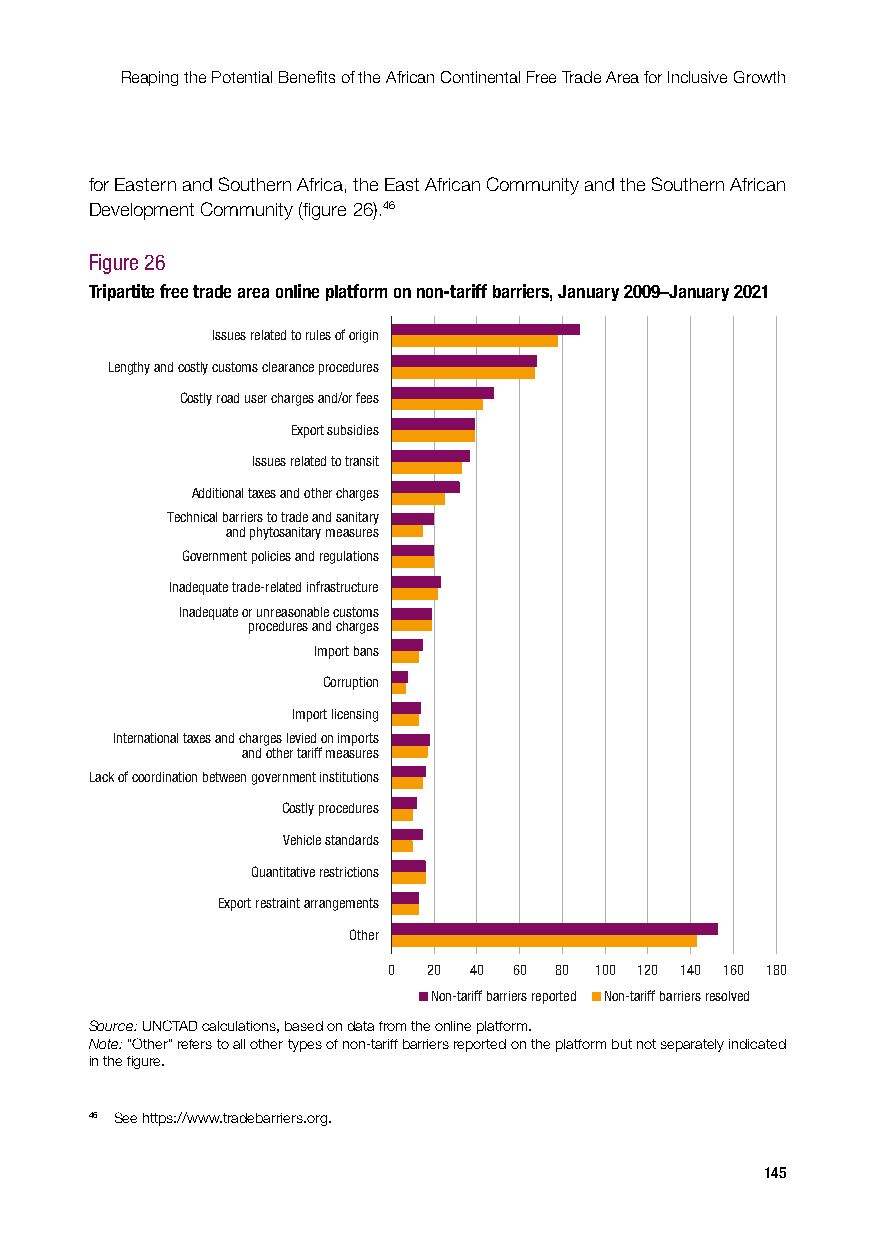
Reaping the Potential Benefits of the African Continental Free Trade Area for Inclusive Growth
 for Eastern and Southern Africa, the East African Community and the Southern African
 Development Community (figure 26).46
 Figure 26
 Tripartite free trade area online platform on non-tariff barriers, January 2009–January 2021
 Issues related to rules of origin
 Lengthy and costly customs clearance procedures
 Costly road user charges and/or fees
 Export subsidies
 Issues related to transit
 Additional taxes and other charges
 Technical barriers to trade and sanitary
 and phytosanitary measures
 Government policies and regulations
 Inadequate trade-related infrastructure
 Inadequate or unreasonable customs
 procedures and charges
 Import bans
 Corruption
 Import licensing
 International taxes and charges levied on imports
 and other tariff measures
 Lack of coordination between government institutions
 Costly procedures
 Vehicle standards
 Quantitative restrictions
 Export restraint arrangements
 Other
 0 20 40 60 80 100 120 140 160 180
 Non-tariff barriers reported Non-tariff barriers resolved
 Source: UNCTAD calculations, based on data from the online platform.
 Note: “Other” refers to all other types of non-tariff barriers reported on the platform but not separately indicated
 in the figure.
 46 See https://www.tradebarriers.org.
 145